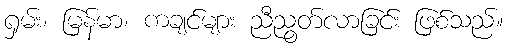
ရှမ်း၊ မြန်မာ၊ ကချင်များ ညီညွတ်လာခြင်း ဖြစ်သည်။